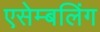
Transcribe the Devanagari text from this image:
एसेम्बलिंग